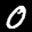
Label: 0